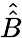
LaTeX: \hat{\hat{B}}